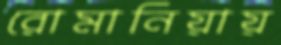
রোমানিয়ায়